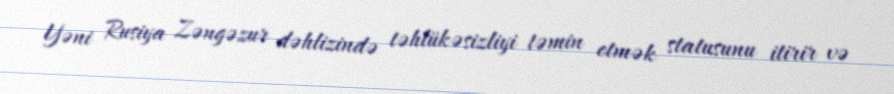
Yəni Rusiya Zəngəzur dəhlizində təhlükəsizliyi təmin etmək statusunu itirir və